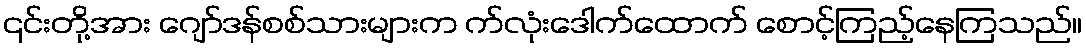
၎င်းတို့အား ဂျော်ဒန်စစ်သားများက က်လုံးဒေါက်ထောက် စောင့်ကြည့်နေကြသည်။